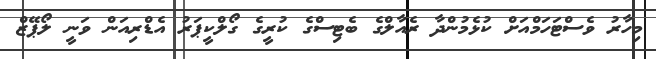
މިހާރު ވެސްޓަހަމްއަށް ކުޅެމުންދާ ރެއާލްގެ ބެޓިސްގެ ކުރީގެ ގޯލްކީޕަރު އެޑްރިއަން ވަނީ ލޯޕޭޒް